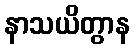
နာသယိတွာန